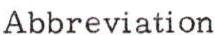
Abbreviation